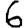
Digit: 6